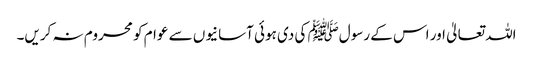
اللہ تعالیٰ اور اس کے رسولﷺ کی دی ہوئی آسانیوں سے عوام کو محروم نہ کریں۔